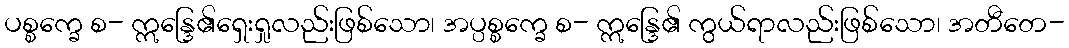
ပစ္စက္ခေ စ- ဣန္ဒြေ၏ရှေးရှုလည်းဖြစ်သော၊ အပ္ပစ္စက္ခေ စ- ဣန္ဒြေ၏ ကွယ်ရာလည်းဖြစ်သော၊ အတီတေ-